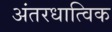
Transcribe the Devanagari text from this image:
अंतरधात्विक